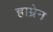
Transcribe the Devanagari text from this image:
हाम्रेन